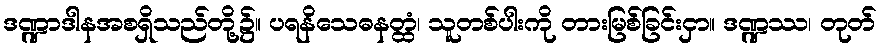
ဒဏ္ဍာဒါနအစရှိသည်တို့၌။ ပရနိသေဓနတ္ထံ၊ သူတစ်ပါးကို တားမြစ်ခြင်းငှာ။ ဒဏ္ဍဿ၊ တုတ်